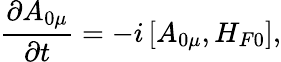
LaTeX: \frac{\partial A_{0\mu}}{\partial t}=-i\left[A_{0\mu},H_{F0}\right],